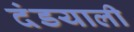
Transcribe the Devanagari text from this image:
दंडयाली